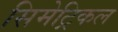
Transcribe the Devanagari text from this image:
सिमेट्रिकल